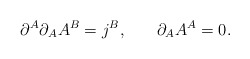
\begin{align*}\partial ^A\partial _AA^B=j^B,\hspace{0.3in} \partial _AA^A=0.\end{align*}